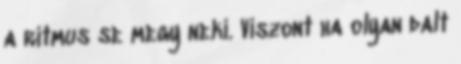
a ritmus se megy neki. Viszont ha olyan dalt